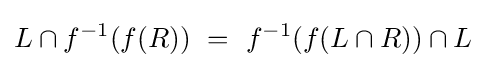
L\cap f^{-1}(f(R))~=~f^{-1}(f(L\cap R))\cap L